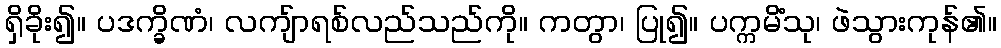
ရှိခိုး၍။ ပဒက္ခိဏံ၊ လကျ်ာရစ်လည်သည်ကို။ ကတွာ၊ ပြု၍။ ပက္ကမိံသု၊ ဖဲသွားကုန်၏။